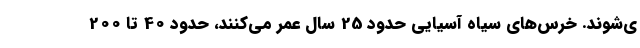
ی‌شوند. خرس‌های سیاه آسیایی حدود 25 سال عمر می‌کنند، حدود 40 تا 200